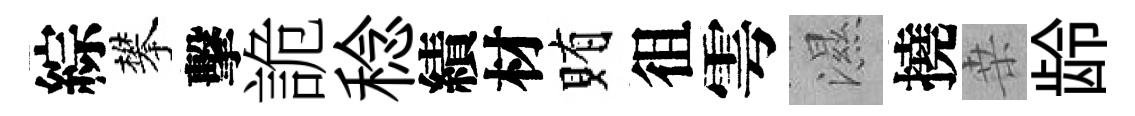
綜攀擊詭稔績材賄徂雩濕撓桒龄